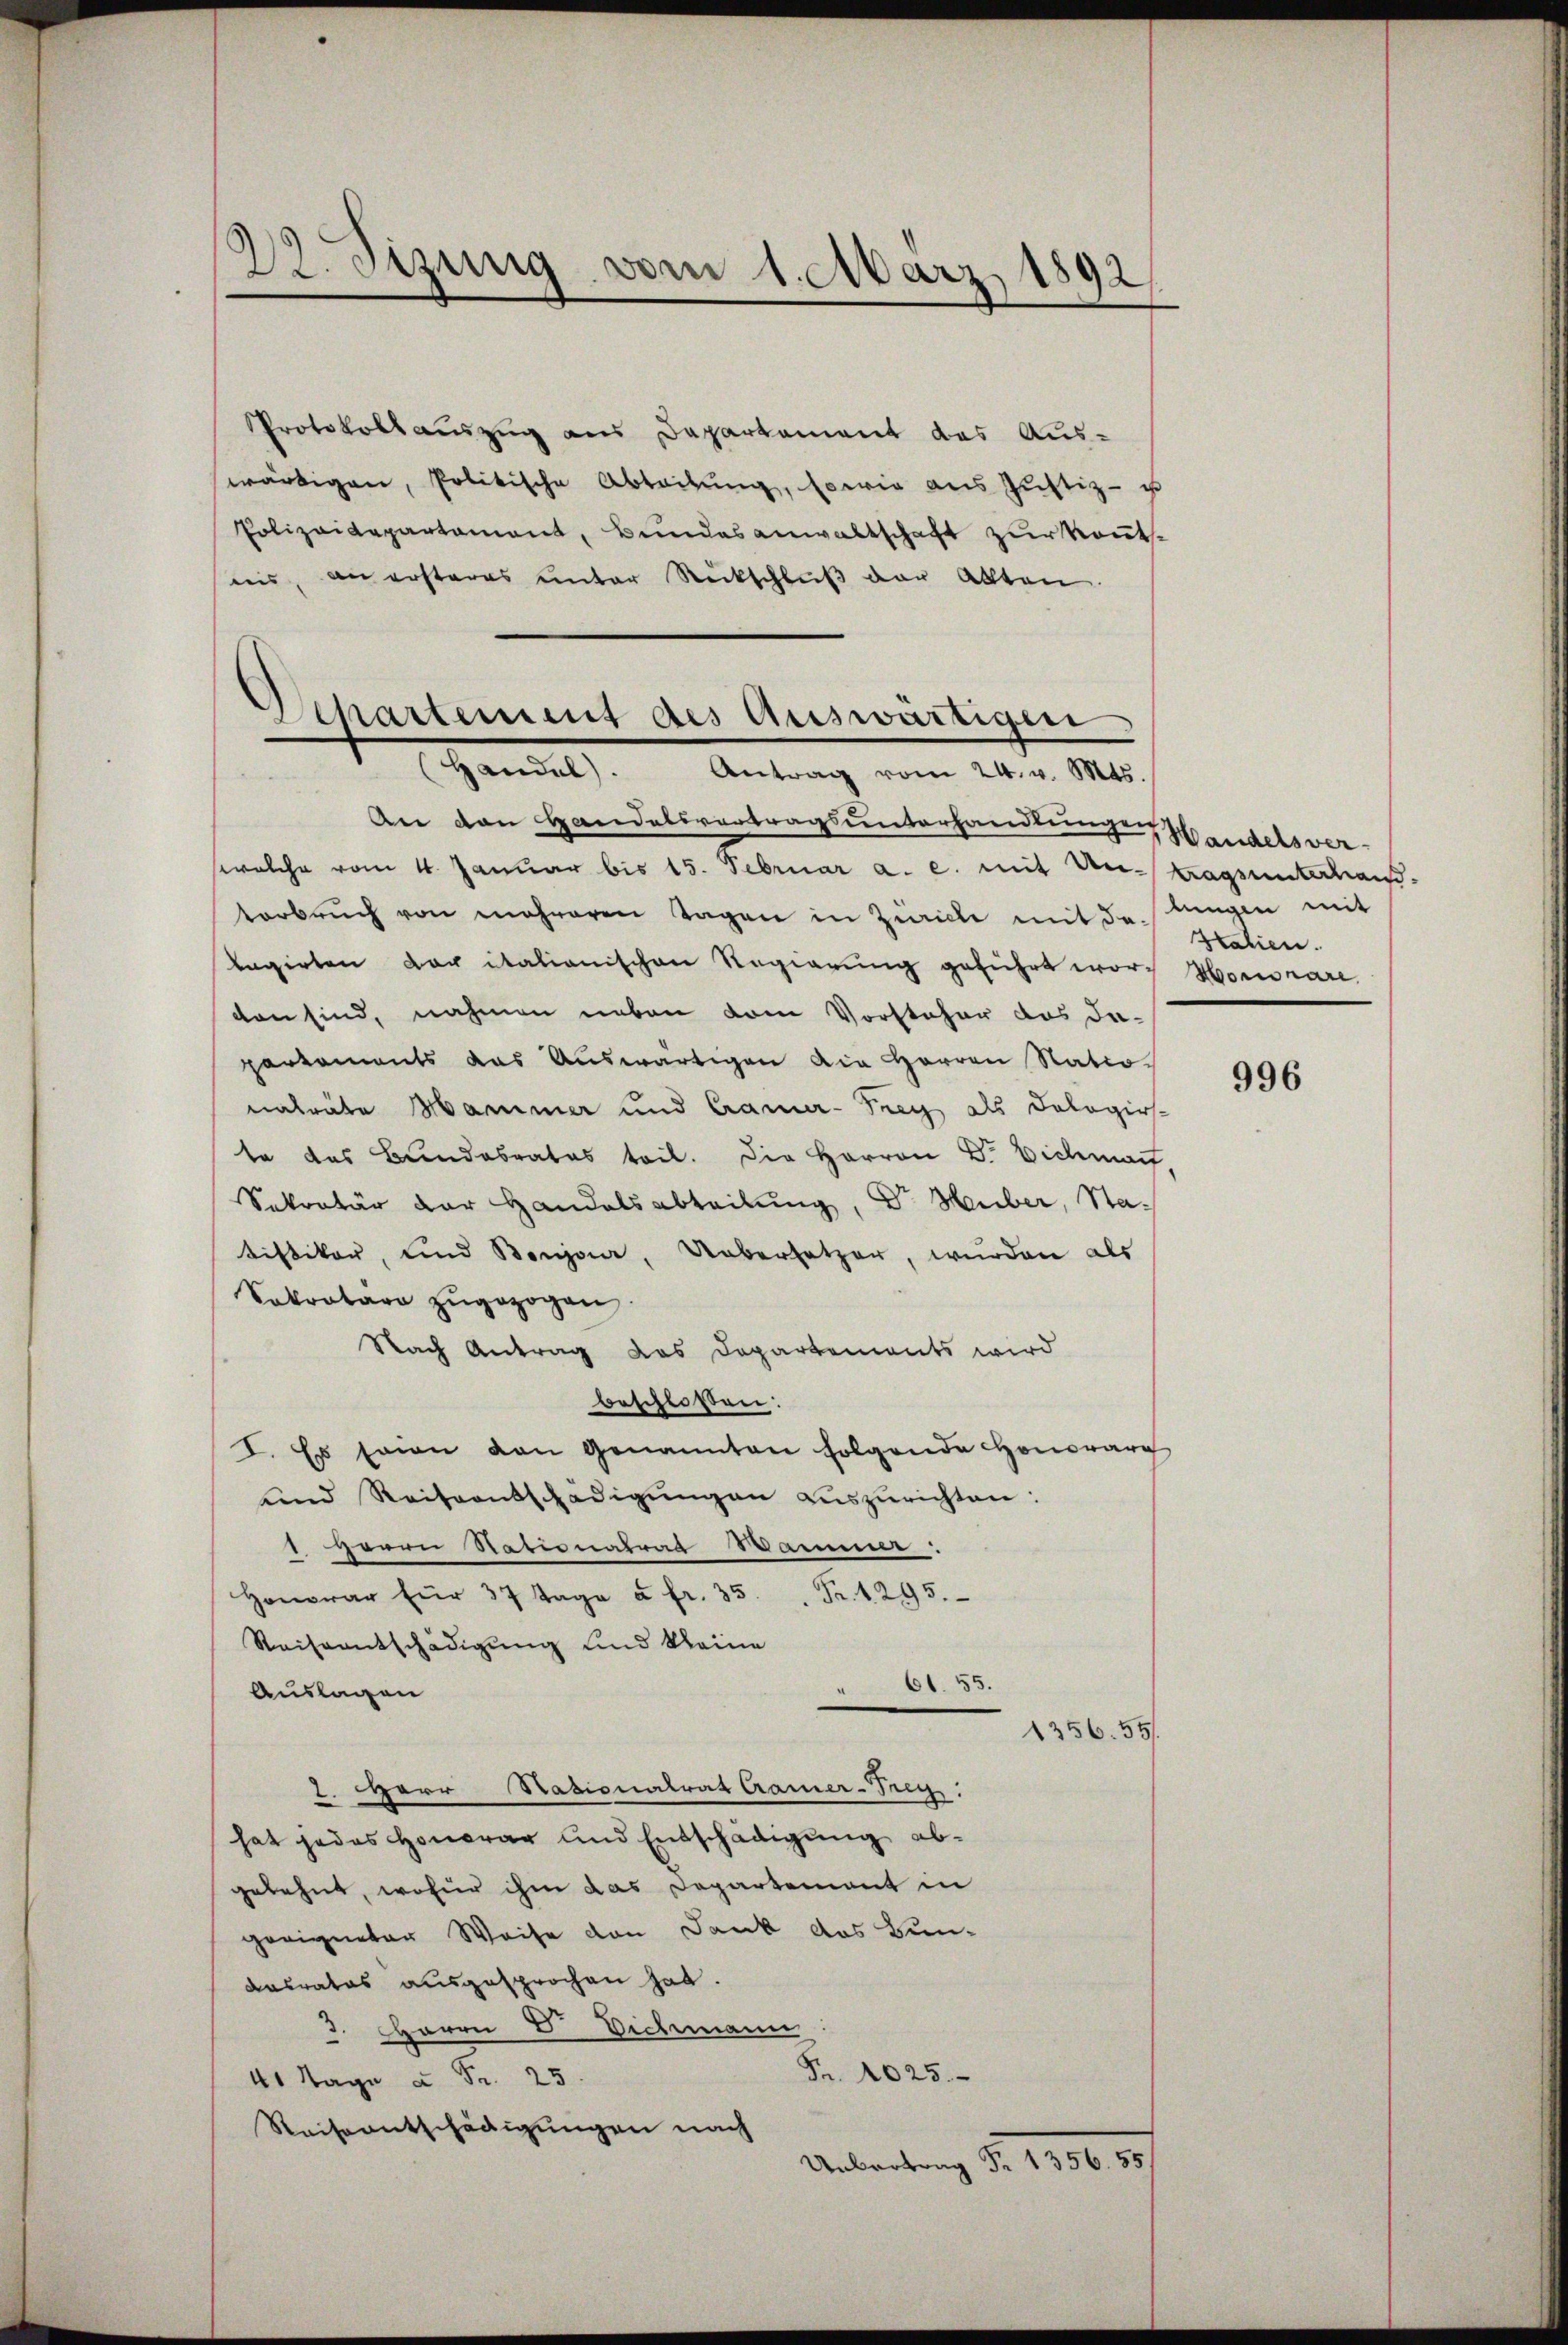
23. Sizung vom 1. März 1892

Protokollauszug aus Departement das Aus-
wärtigen, Politische Abteitŭng, sowie aus Justiz- u
Polizeidepartament, Bundesanwaltschaft zur konnte
nis, an ersteres unter Rückschluß der Akten.

Separtement des Auswärtige
Handel. Antrag vom 24. v. Mts.

An den Handelsvertragsunterhandlungen Handelsver-
welche vom 4. Januar bis 15. Februar a. c. mit Antragsunterhandterbrŭch von mehreren Tagen in Zürich mit de stungen mit
lagirten der italionischen Regierung geführt word Honorare.
ten sind, nahmen neben vom Vorsteher das da-
partements das Auswärtigen die Herren Nationaträte Manimer und Cramer-Frey als Dologies-
te das Bundesrates teil. Die Herren Dr. Eichmart
Sekretär der Handelsabteilung, Dr. Huber, Statistiker, und Benjaar, abersetzer, wurden als
Sokratura zugezogen.
Nach Antrag das Departements wird
beschlossen:
I. Es sein van Genannten folgende Honorarg
und Reiseentschädigŭngen auszurichten:
1 Herrn Nationalrat Wammer.
Honorar für 37 Tage à fr. 35 " Fr. 1295.
Reiseentschädigung und kleine
61. 55.
Auslagen
1356. 551.
I. Herr Stationalrat Cramer-Prey:
hat jedes Honorar und Entschädigung abgelehnt, wofür ihm das Departement in
geeigneter Weise von Dank das Bun-
desrates ausgesprochen hat.
3. Herrn V. Dichmann.
Fr. 1025.
41 Tage à Fr. 25.
Reiseentschädigungen nach
Uebertung d. 1906. 1807

Htalien.

996